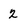
Character: 2